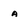
Character: a